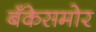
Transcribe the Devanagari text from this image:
बँकेसमोर